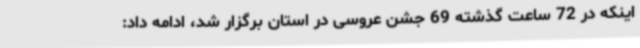
اینکه در 72 ساعت گذشته 69 جشن عروسی در استان برگزار شد، ادامه داد: